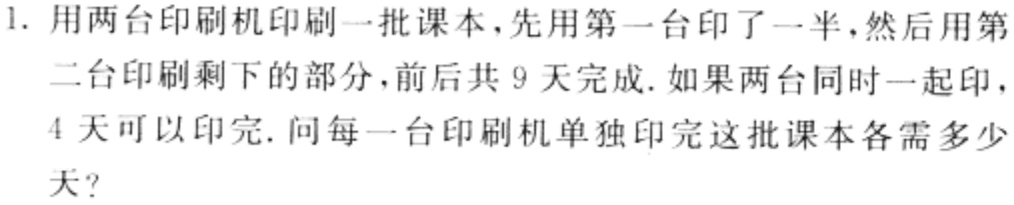
1. 用两台印刷机印刷一批课本，先用第一台印了一半，然后用第二台印刷剩下的部分，前后共\(9\)天完成. 如果两台同时一起印，\(4\)天可以印完. 问每一台印刷机单独印完这批课本各需多少天？